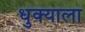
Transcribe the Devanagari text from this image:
धुक्‍याला